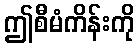
ဤစီမံကိန်းကို